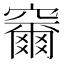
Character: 𮄞